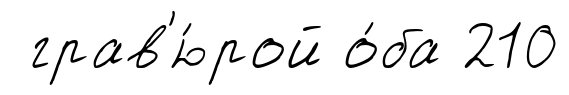
грав'ю́рой о́ба 210